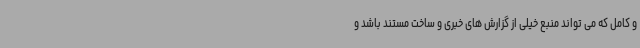
و کامل که می تواند منبع خیلی از گزارش های خبری و ساخت مستند باشد و